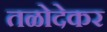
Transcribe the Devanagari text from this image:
तळोदेकर